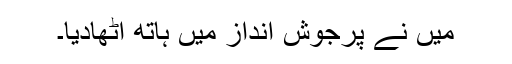
میں نے پرجوش انداز میں ہاتھ اٹھادیا۔